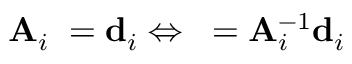
\mathbf { A } _ { i } { \mathbf \alpha } = { \mathbf { d } } _ { i } \Leftrightarrow { \mathbf \alpha } = \mathbf { A } _ { i } ^ { - 1 } \mathbf { d } _ { i }